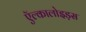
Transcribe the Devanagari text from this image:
ऍल्कालोइड़स